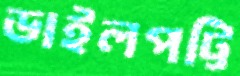
ডাইলপট্টি